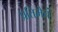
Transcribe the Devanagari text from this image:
प्रतिमेचं